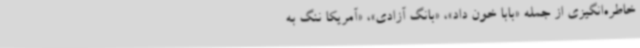
خاطره‌انگیزی از جمله «بابا خون داد»، «بانگ آزادی»، «آمریکا ننگ به